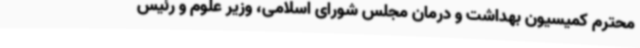
محترم کمیسیون بهداشت و درمان مجلس شورای اسلامی، وزیر علوم و رئیس